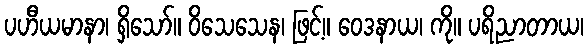
ပဟီယမာနာ၊ ရှိသော်။ ဝိသေသေန၊ ဖြင့်။ ဝေဒနာယ၊ ကို။ ပရိညာတာယ၊